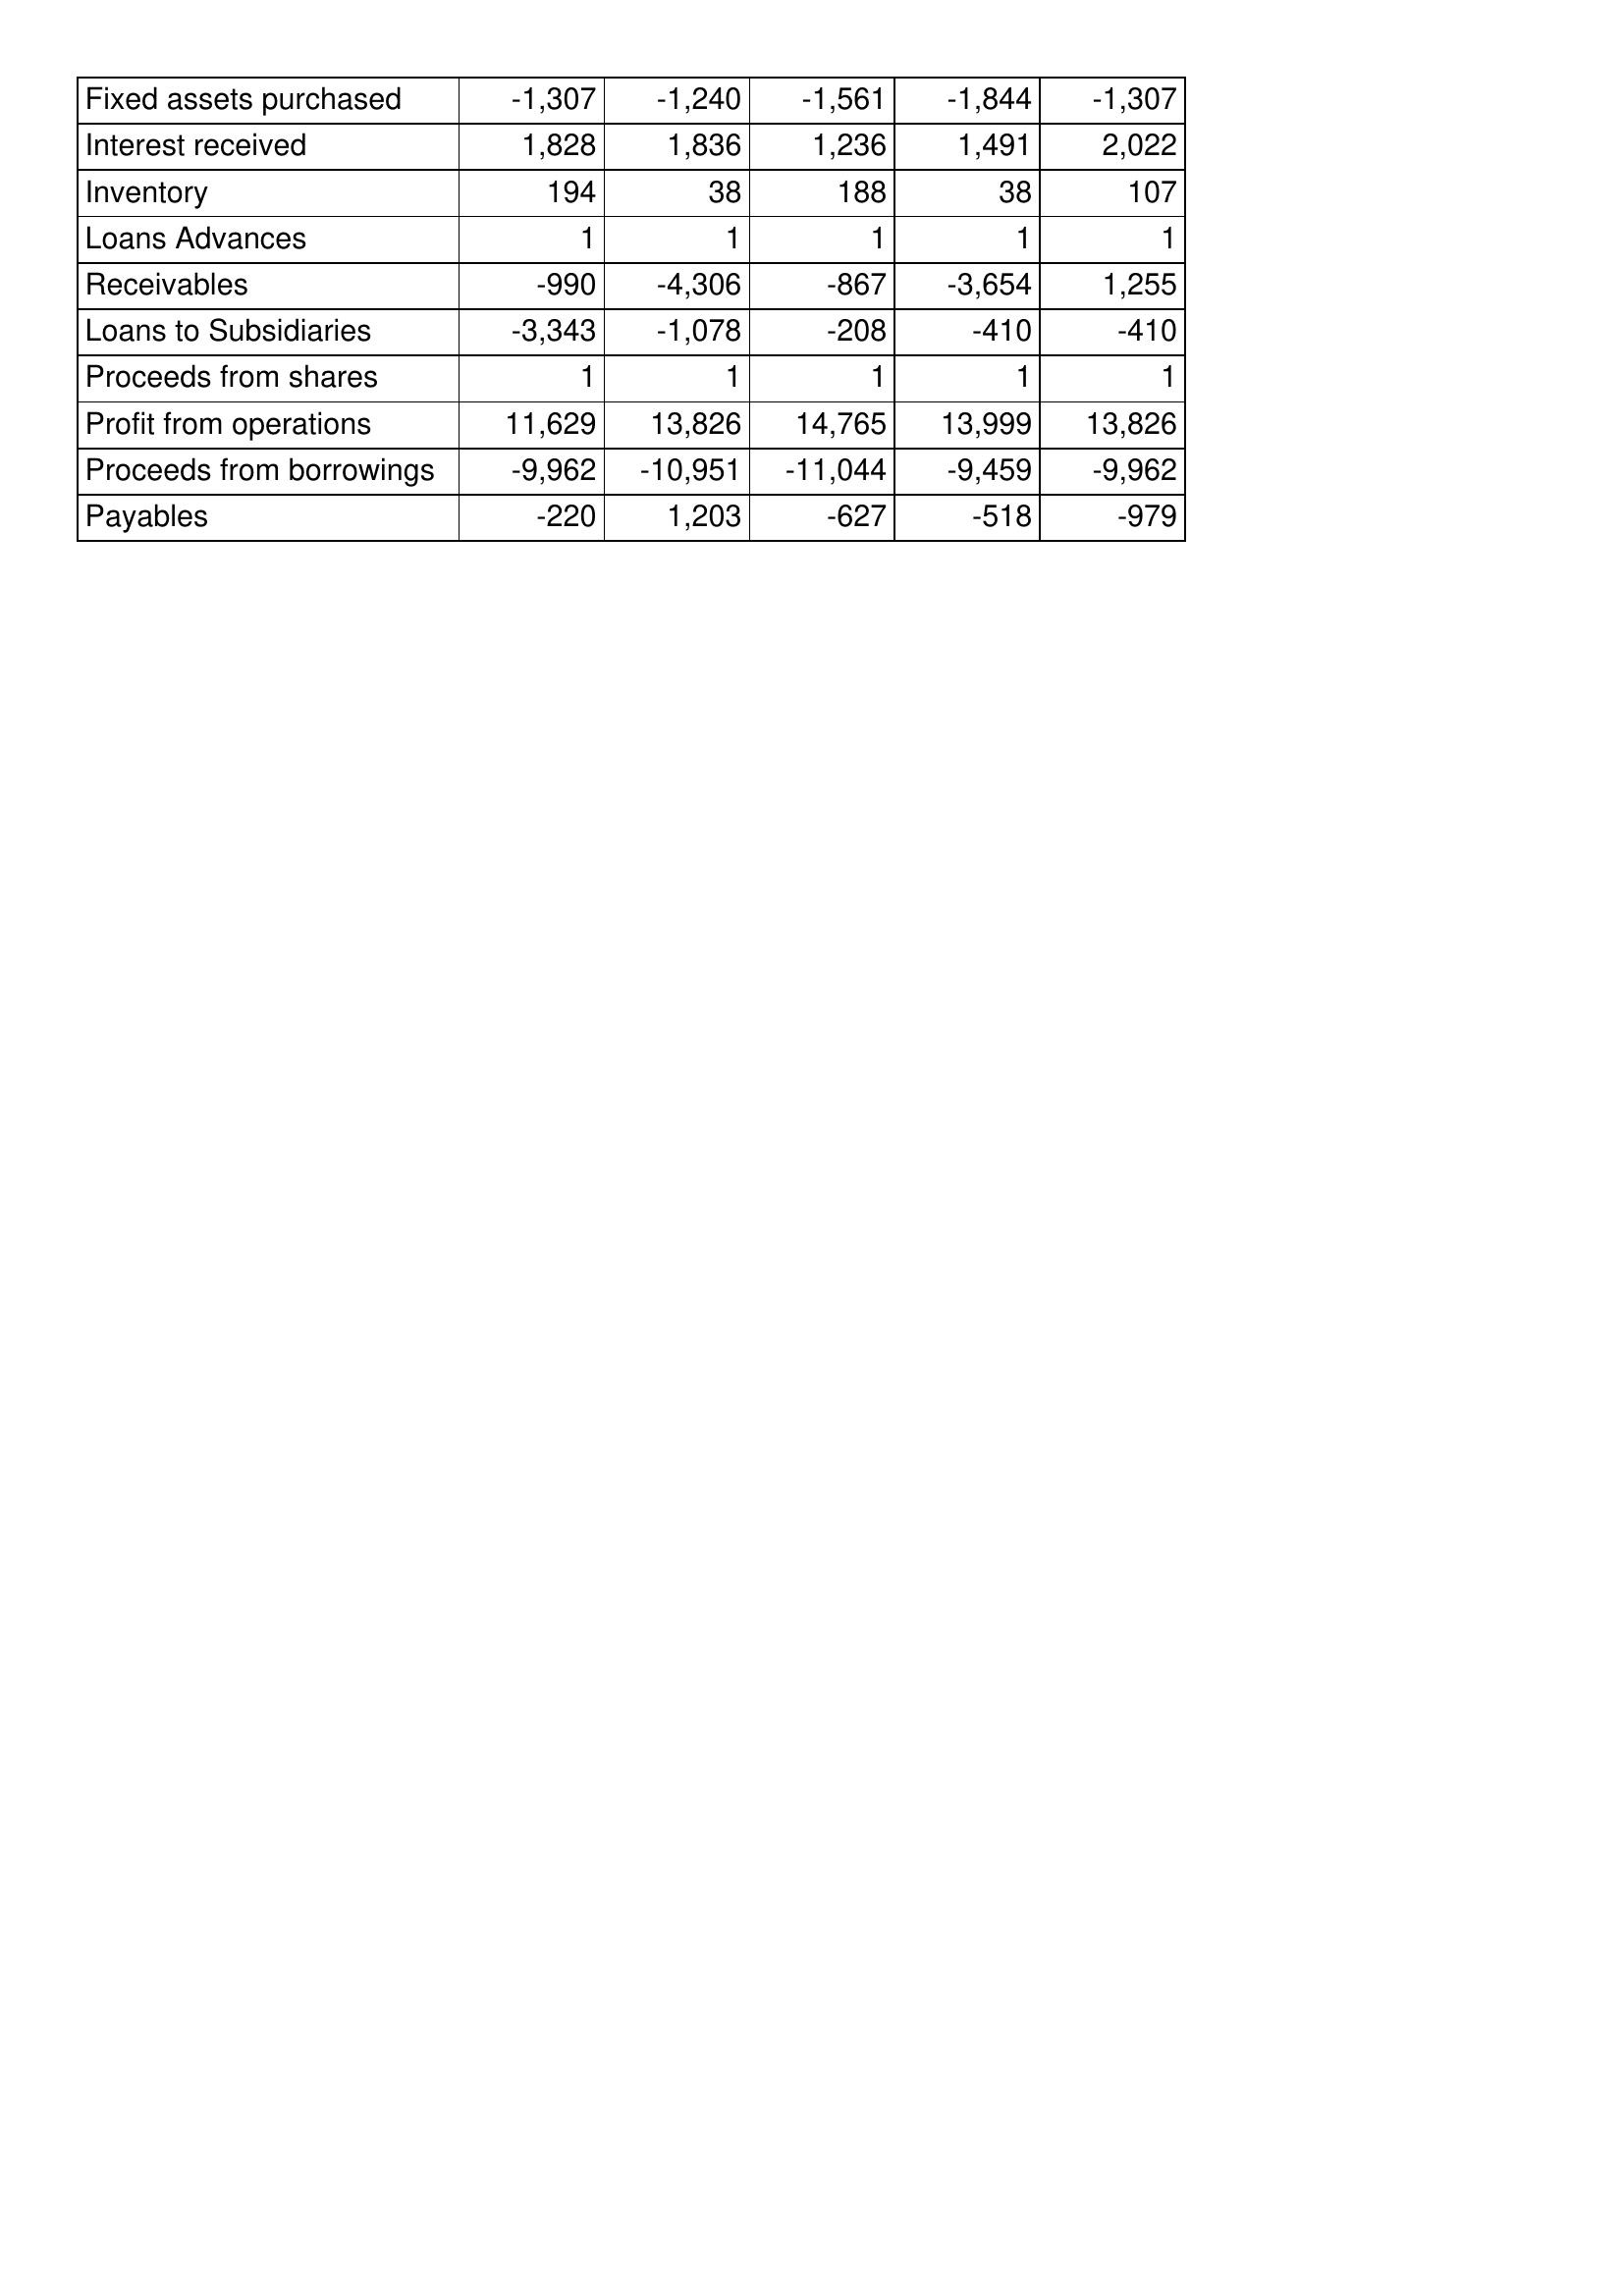
Mar-15: Cash Flows: Fixed assets purchased: -1,307
Interest received: 1,828
Inventory: 194
Loans Advances: 1
Receivables: -990
Loans to Subsidiaries: -3,343
Proceeds from shares: 1
Profit from operations: 11,629
Proceeds from borrowings: -9,962
Payables: -220
Mar-14: Cash Flows: Fixed assets purchased: -1,240
Interest received: 1,836
Inventory: 38
Loans Advances: 1
Receivables: -4,306
Loans to Subsidiaries: -1,078
Proceeds from shares: 1
Profit from operations: 13,826
Proceeds from borrowings: -10,951
Payables: 1,203
Mar-13: Cash Flows: Fixed assets purchased: -1,561
Interest received: 1,236
Inventory: 188
Loans Advances: 1
Receivables: -867
Loans to Subsidiaries: -208
Proceeds from shares: 1
Profit from operations: 14,765
Proceeds from borrowings: -11,044
Payables: -627
Mar-12: Cash Flows: Fixed assets purchased: -1,844
Interest received: 1,491
Inventory: 38
Loans Advances: 1
Receivables: -3,654
Loans to Subsidiaries: -410
Proceeds from shares: 1
Profit from operations: 13,999
Proceeds from borrowings: -9,459
Payables: -518
Mar-11: Cash Flows: Fixed assets purchased: -1,307
Interest received: 2,022
Inventory: 107
Loans Advances: 1
Receivables: 1,255
Loans to Subsidiaries: -410
Proceeds from shares: 1
Profit from operations: 13,826
Proceeds from borrowings: -9,962
Payables: -979